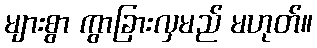
များစွာ ကွာခြားလှမည် မဟုတ်။